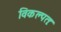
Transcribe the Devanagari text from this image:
विकल्पतः